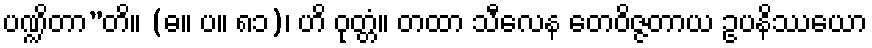
ပဏ္ဍိတာ”တိ။ (ဓ။ ပ။ ၈၁)၊ ဟိ ဝုတ္တံ။ တထာ သီလေန တေဝိဇ္ဇတာယ ဥပနိဿယော